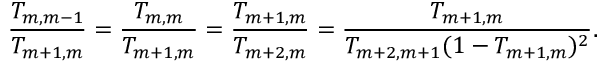
\frac { T _ { m , m - 1 } } { T _ { m + 1 , m } } = \frac { T _ { m , m } } { T _ { m + 1 , m } } = \frac { T _ { m + 1 , m } } { T _ { m + 2 , m } } = \frac { T _ { m + 1 , m } } { T _ { m + 2 , m + 1 } ( 1 - T _ { m + 1 , m } ) ^ { 2 } } .